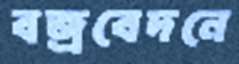
বজ্রবেদনে